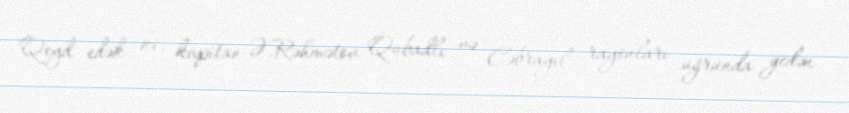
Qeyd edək ki, kapitan Ə.Rəhmətov Qubadlı və Cəbrayıl rayonları uğrunda gedən